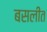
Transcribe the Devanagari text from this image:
बसलींत